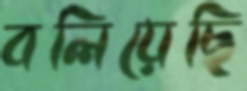
বলিয়েছি